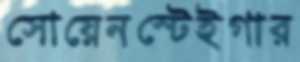
সোয়েনস্টেইগার